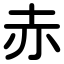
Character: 赤